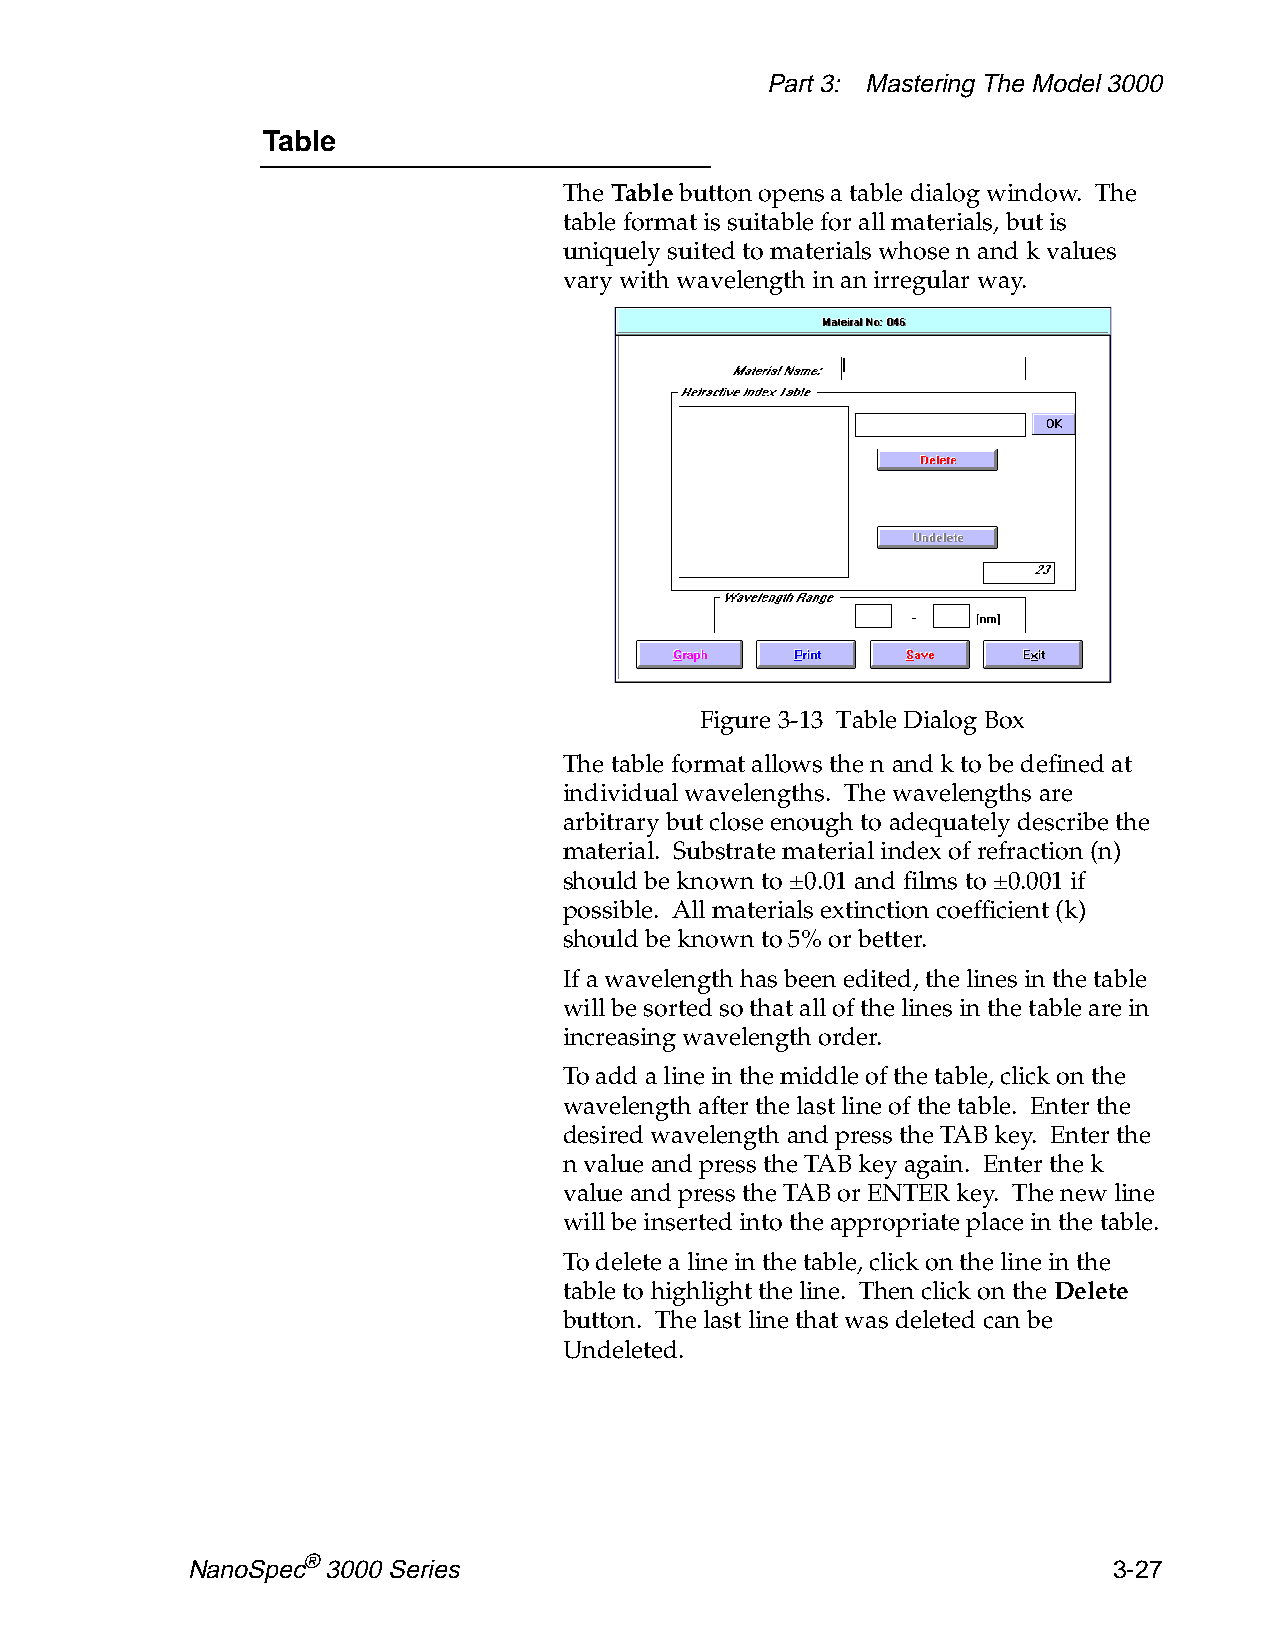
Part 3: Mastering The Model 3000
 Table
 The Table button opens a table dialog window. The
 table format is suitable for all materials, but is
 uniquely suited to materials whose n and k values
 vary with wavelength in an irregular way.
 Figure 3-13 Table Dialog Box
 The table format allows the n and k to be defined at
 individual wavelengths. The wavelengths are
 arbitrary but close enough to adequately describe the
 material. Substrate material index of refraction (n)
 should be known to ±0.01 and films to ±0.001 if
 possible. All materials extinction coefficient (k)
 should be known to 5% or better.
 If a wavelength has been edited, the lines in the table
 will be sorted so that all of the lines in the table are in
 increasing wavelength order.
 To add a line in the middle of the table, click on the
 wavelength after the last line of the table. Enter the
 desired wavelength and press the TAB key. Enter the
 n value and press the TAB key again. Enter the k
 value and press the TAB or ENTER key. The new line
 will be inserted into the appropriate place in the table.
 To delete a line in the table, click on the line in the
 table to highlight the line. Then click on the Delete
 button. The last line that was deleted can be
 Undeleted.
 NanoSpec® 3000 Series                                         3-27